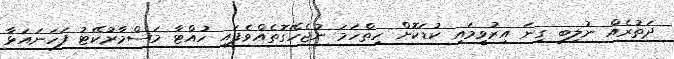
ދަތުރެއް ނުލިބި ގިނަ އިރުވީމައި ކުޑަކޮށް ހިތްހަމަ ނުޖެހޭގޮތެއްވެފައި ހުއްޓާ މަސްމާރުކޭޓު ފަހަނައަޅާ